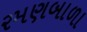
રમણબાળા